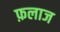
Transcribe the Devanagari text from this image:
फ़लाज